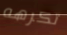
تكرهه